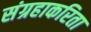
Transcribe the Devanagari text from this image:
संग्रहाकरिता